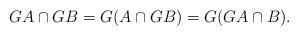
LaTeX: \begin{align*}GA \cap GB = G(A\cap GB) = G(GA \cap B).\end{align*}